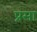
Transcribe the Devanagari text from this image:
प्रसा